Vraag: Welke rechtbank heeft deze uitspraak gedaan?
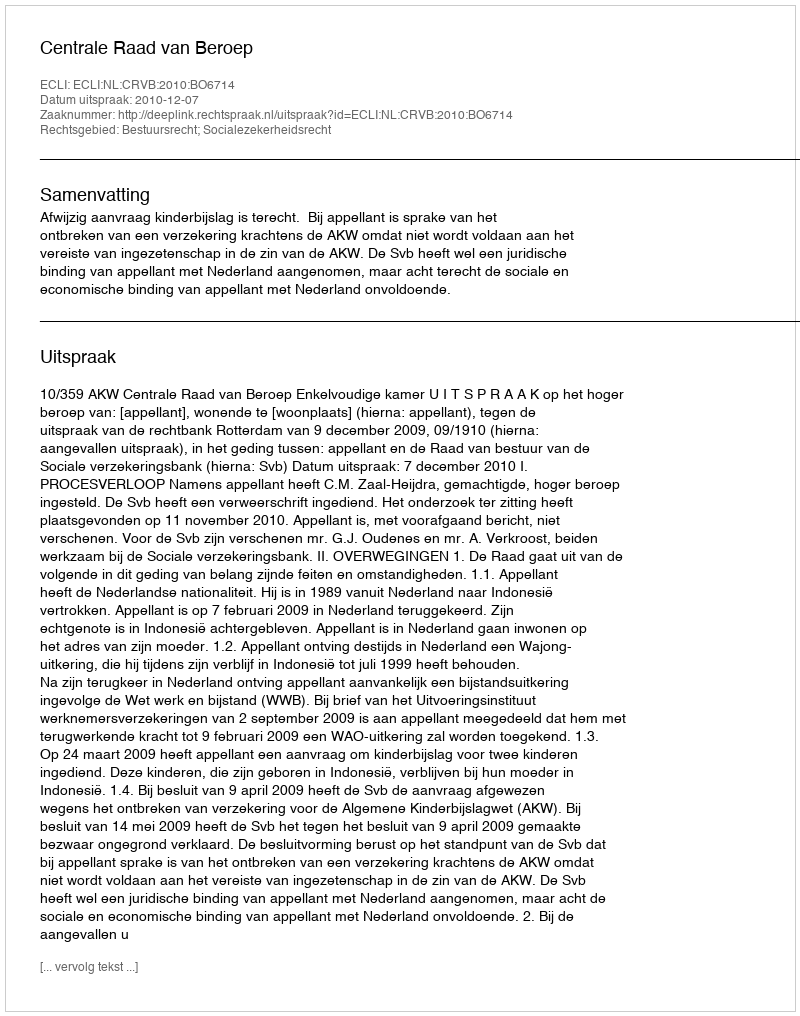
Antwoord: Centrale Raad van Beroep